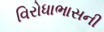
વિરોધાભાસની